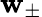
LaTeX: \mathbf{w}_{\pm}